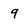
Character: 9